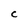
Character: C